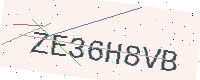
Text: ZE36H8VB